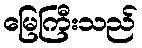
မြေကြီးသည်